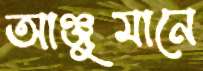
আঞ্জুমানে